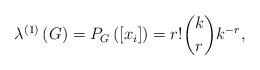
LaTeX: \begin{align*}\lambda^{\left( 1\right) }\left( G\right) =P_{G}\left( \left[x_{i}\right] \right) =r!\binom{k}{r}k^{-r}, \end{align*}